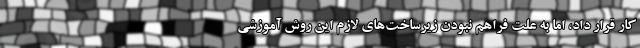
کار قرار داد، اما به علت فراهم نبودن زیرساخت‌های لازم این روش آموزشی